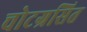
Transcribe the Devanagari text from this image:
चोटग्रसित